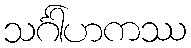
သင်္ဂါဟကဿ